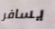
يسافر